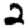
Digit: 2